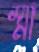
স্মা